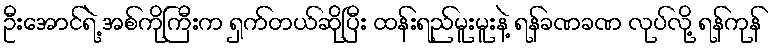
ဦးအောင်ရဲ့ အစ်ကိုကြီးက ရှက်တယ်ဆိုပြီး ထန်းရည်မူးမူးနဲ့ ရန်ခဏခဏ လုပ်လို့ ရန်ကုန်